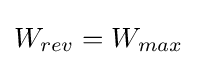
W_{rev}=W_{max}